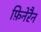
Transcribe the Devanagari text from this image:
फ़िनेरैन